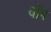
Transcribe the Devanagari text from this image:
वॉप